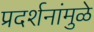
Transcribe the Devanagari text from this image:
प्रदर्शनांमुळे